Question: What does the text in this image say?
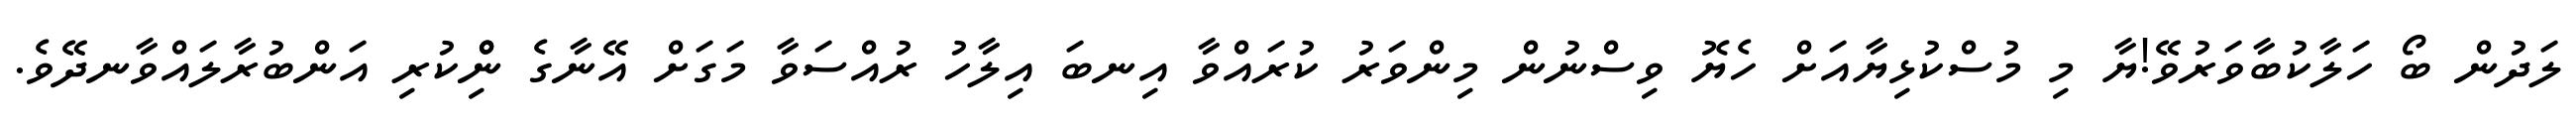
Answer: ލަދުން ބޯ ހަލާކުބާވަރުވޭ!ޔާ މި މުސްކުޅިޔާއަށް ހެޔޮ ވިސްނުން މިންވަރު ކުރައްވާ އިނބަ އިލާހު ރުއްސަވާ މަގަށް އޭނާގެ ނިްްކުރި އަންބުރާލައްވާނދޭވެ.